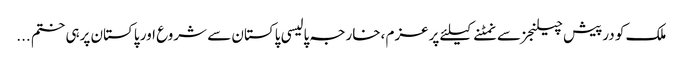
ملک کو درپیش چیلنجز سے نمٹنے کیلئے پرعزم ،خارجہ پالیسی پاکستان سے شروع اور پاکستان پرہی ختم ...